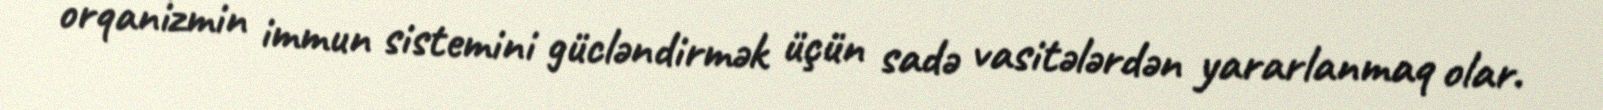
orqanizmin immun sistemini gücləndirmək üçün sadə vasitələrdən yararlanmaq olar.